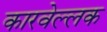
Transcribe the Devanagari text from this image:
कारवेल्लक